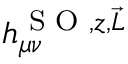
h _ { \mu \nu } ^ { \textrm { S O } , z , \vec { L } }